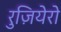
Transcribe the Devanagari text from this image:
रुज़ियेरो